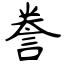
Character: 誊